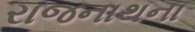
રાજનાથના